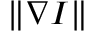
\Vert \nabla I \Vert